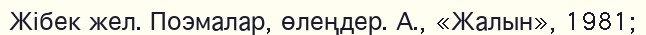
Жібек жел. Поэмалар, өлеңдер. А., «Жалын», 1981;